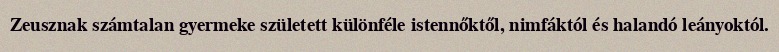
Zeusznak számtalan gyermeke született különféle istennőktől, nimfáktól és halandó leányoktól.